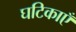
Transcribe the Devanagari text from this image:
घटिकाएँ